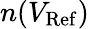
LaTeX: n(V_{\mathrm{Ref}})